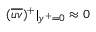
( \overline { { u v } } ) ^ { + } | _ { y ^ { + } = 0 } \approx 0